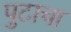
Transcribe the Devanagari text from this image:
पुटाचा